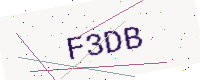
Text: F3DB